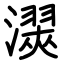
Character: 㵤